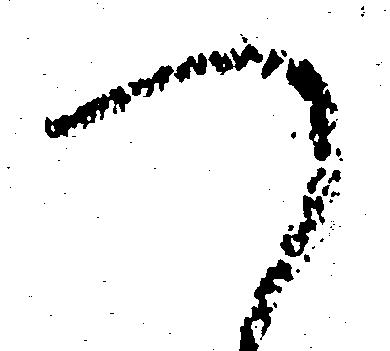
つ